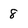
Character: 8